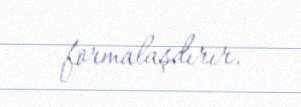
formalaşdırır.